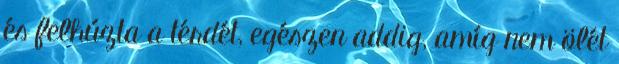
és felhúzta a térdét, egészen addig, amíg nem ölét